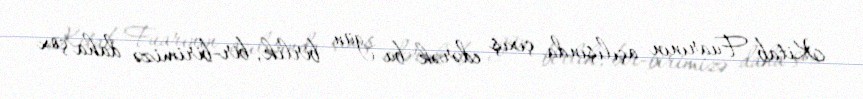
Kitab Fuarının açılışında çıxış edərək bu gün birlik, bir-birimizə daha çox